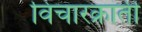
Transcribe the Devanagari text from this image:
विचारक्रांती